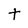
Character: t